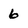
Character: 6